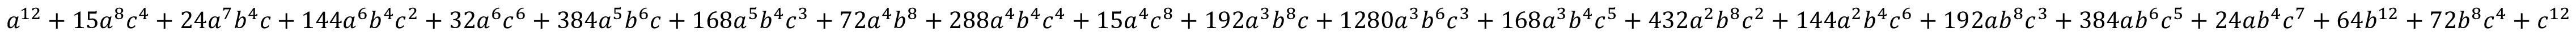
a ^ { 1 2 } + 1 5 a ^ { 8 } c ^ { 4 } + 2 4 a ^ { 7 } b ^ { 4 } c + 1 4 4 a ^ { 6 } b ^ { 4 } c ^ { 2 } + 3 2 a ^ { 6 } c ^ { 6 } + 3 8 4 a ^ { 5 } b ^ { 6 } c + 1 6 8 a ^ { 5 } b ^ { 4 } c ^ { 3 } + 7 2 a ^ { 4 } b ^ { 8 } + 2 8 8 a ^ { 4 } b ^ { 4 } c ^ { 4 } + 1 5 a ^ { 4 } c ^ { 8 } + 1 9 2 a ^ { 3 } b ^ { 8 } c + 1 2 8 0 a ^ { 3 } b ^ { 6 } c ^ { 3 } + 1 6 8 a ^ { 3 } b ^ { 4 } c ^ { 5 } + 4 3 2 a ^ { 2 } b ^ { 8 } c ^ { 2 } + 1 4 4 a ^ { 2 } b ^ { 4 } c ^ { 6 } + 1 9 2 a b ^ { 8 } c ^ { 3 } + 3 8 4 a b ^ { 6 } c ^ { 5 } + 2 4 a b ^ { 4 } c ^ { 7 } + 6 4 b ^ { 1 2 } + 7 2 b ^ { 8 } c ^ { 4 } + c ^ { 1 2 }